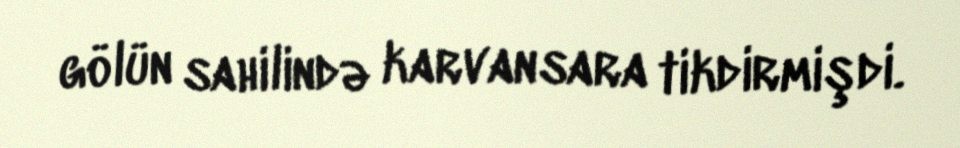
gölün sahilində karvansara tikdirmişdi.